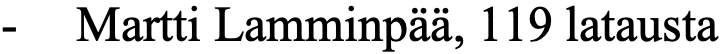
- Martti Lamminpää, 119 latausta